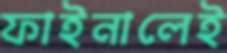
ফাইনালেই